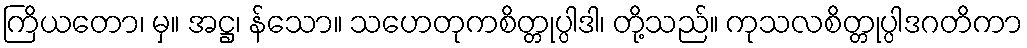
ကြိယတော၊ မှ။ အဋ္ဌ၊ န်သော။ သဟေတုကစိတ္တုပ္ပါဒါ၊ တို့သည်။ ကုသလစိတ္တုပ္ပါဒဂတိကာ